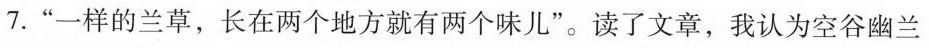
7.“一样的兰草，长在两个地方就有两印味儿”。读了文章，我认为空谷幽兰